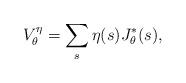
LaTeX: \begin{align*} V_{\theta}^{\eta} = \sum_{s} \eta(s) J_{\theta}^*(s), \end{align*}